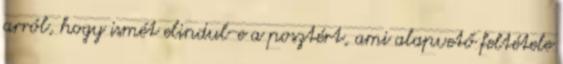
arról, hogy ismét elindul-e a posztért, ami alapvető feltétele